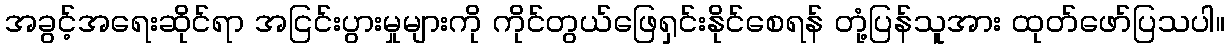
အခွင့်အရေးဆိုင်ရာ အငြင်းပွားမှုများကို ကိုင်တွယ်ဖြေရှင်းနိုင်စေရန် တုံ့ပြန်သူအား ထုတ်ဖော်ပြသပါ။